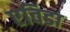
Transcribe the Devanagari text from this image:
एविडा